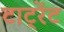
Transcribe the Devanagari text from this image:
टाट्रेंट